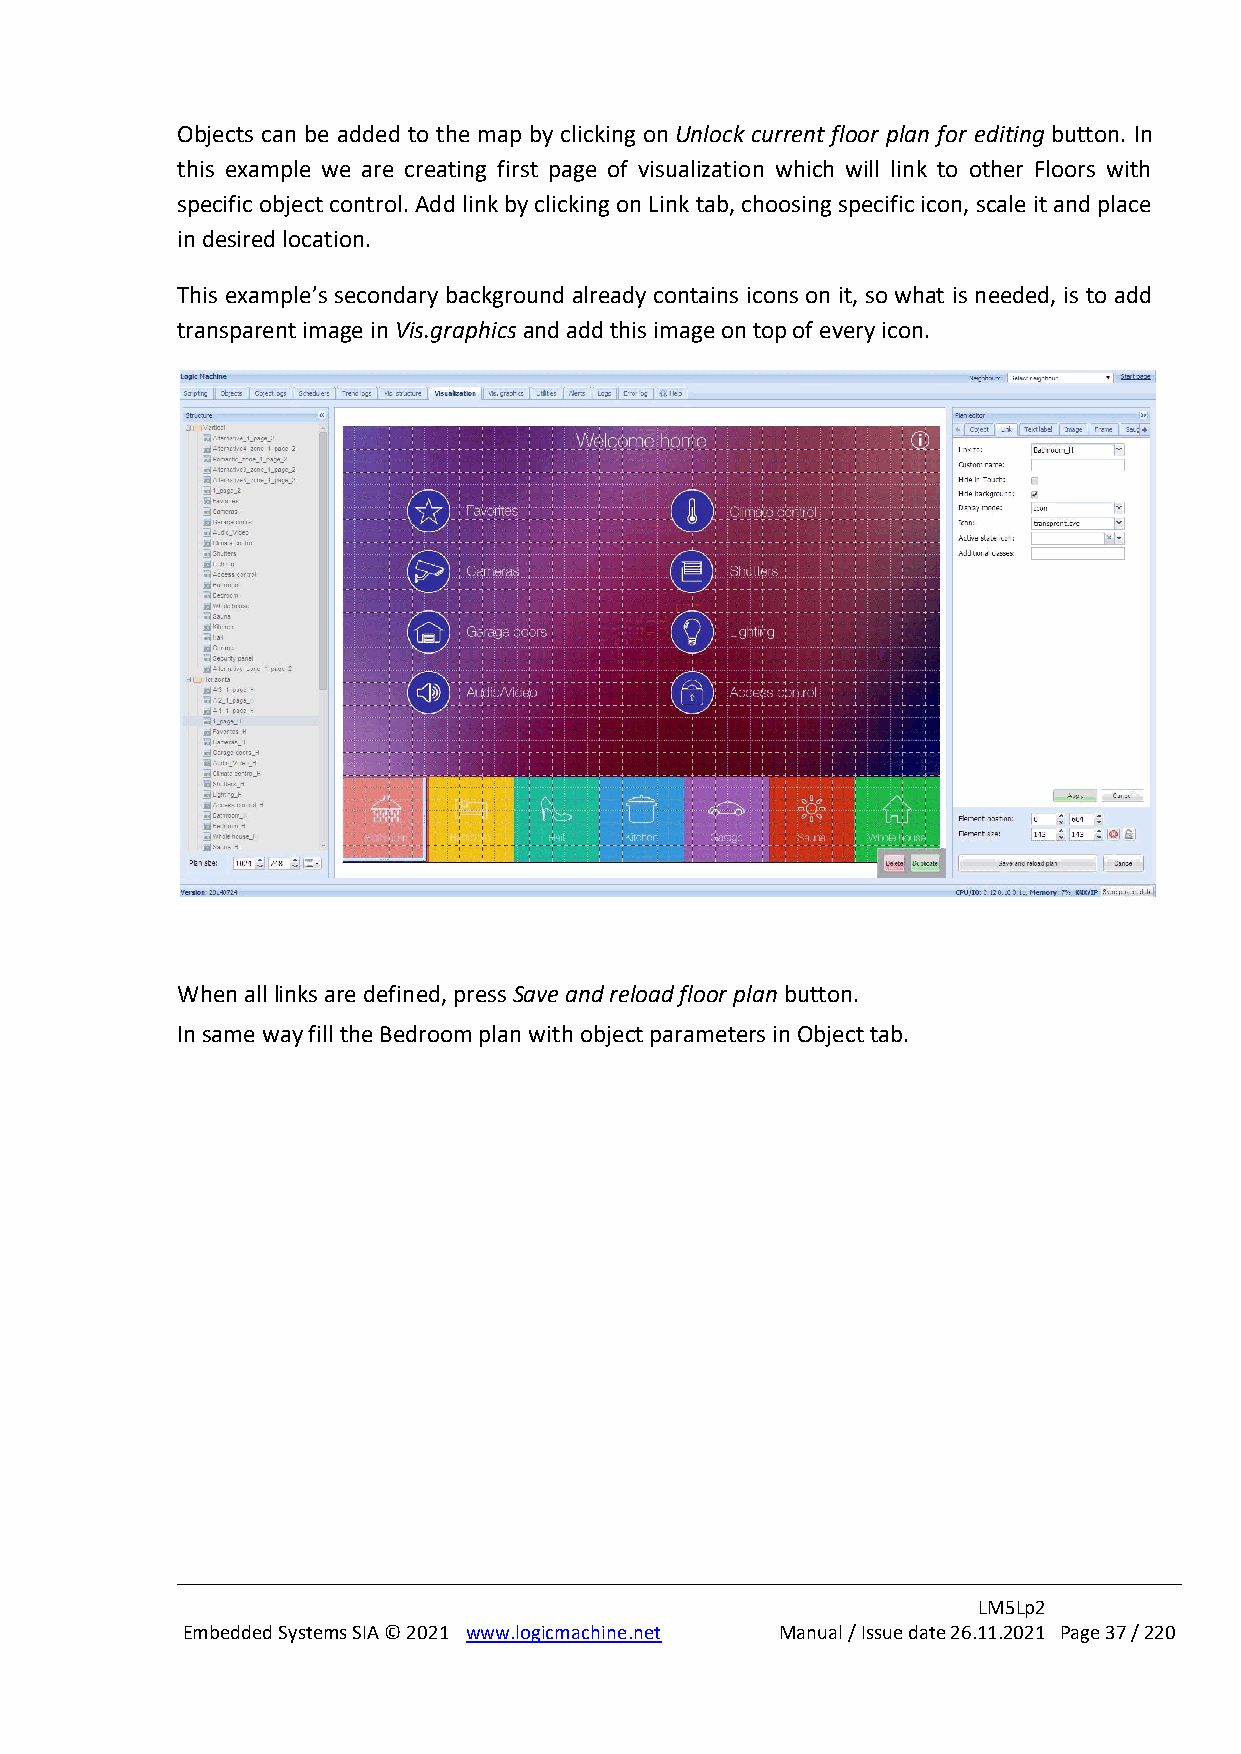
Objects can be added to the map by clicking on Unlock current floor plan for editing button. In
 this example we are creating first page of visualization which will link to other Floors with
 specific object control. Add link by clicking on Link tab, choosing specific icon, scale it and place
 in desired location.
 This example’s secondary background already contains icons on it, so what is needed, is to add
 transparent image in Vis.graphics and add this image on top of every icon.
 When all links are defined, press Save and reload floor plan button.
 In same way fill the Bedroom plan with object parameters in Object tab.
 LM5Lp2
 Embedded Systems SIA © 2021 www.logicmachine.net Manual / Issue date 26.11.2021 Page 37 / 220